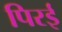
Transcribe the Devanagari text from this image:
पिरई